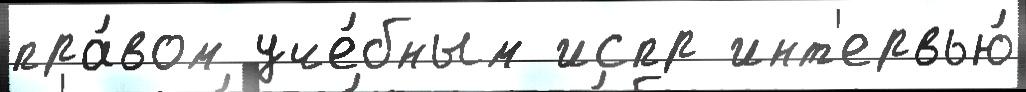
пра́вом уче́бным испр инт'ервью́